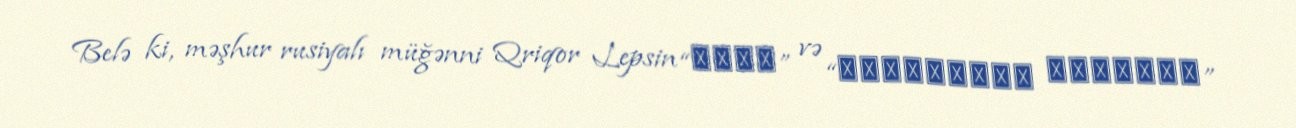
Belə ki, məşhur rusiyalı müğənni Qriqor Lepsin “Зола” və “Настоящая женщина”